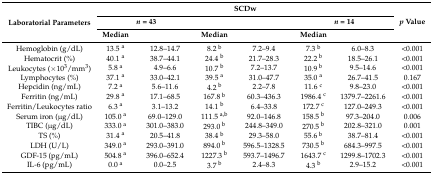
<table><thead><tr><td rowspan="3"><b>Laboratorial Parameters</b></td><td colspan="2">[EMPTY_CELL]</td><td colspan="2"><b>SCDw</b></td><td colspan="2">[EMPTY_CELL]</td><td rowspan="3"><b><i>p</i> Value</b></td></tr><tr><td colspan="2"><b><i>n</i> = 43</b></td><td colspan="2">[EMPTY_CELL]</td><td colspan="2"><b><i>n</i> = 14</b></td></tr><tr><td><b>Median</b></td><td>[EMPTY_CELL]</td><td><b>Median</b></td><td>[EMPTY_CELL]</td><td><b>Median</b></td><td>[EMPTY_CELL]</td></tr></thead><tbody><tr><td>Hemoglobin (g/dL)</td><td>13.5 <sup>a</sup></td><td>12.8–14.7</td><td>8.2 <sup>b</sup></td><td>7.2–9.4</td><td>7.3 <sup>b</sup></td><td>6.0–8.3</td><td>&lt;0.001</td></tr><tr><td>Hematocrit (%)</td><td>40.1 <sup>a</sup></td><td>38.7–44.1</td><td>24.4 <sup>b</sup></td><td>21.7–28.3</td><td>22.2 <sup>b</sup></td><td>18.5–26.1</td><td>&lt;0.001</td></tr><tr><td>Leukocytes (×10<sup>3</sup>/mm<sup>3</sup>) </td><td>5.8 <sup>a</sup></td><td>4.9–6.6 </td><td>10.7 <sup>b</sup></td><td>7.2–13.7</td><td>10.9 <sup>b</sup></td><td>9.5–14.6</td><td>&lt;0.001</td></tr><tr><td>Lymphocytes (%)</td><td>37.1 <sup>a</sup></td><td>33.0–42.1</td><td>39.5 <sup>a</sup></td><td>31.0–47.7</td><td>35.0 <sup>a</sup></td><td>26.7–41.5</td><td>0.167</td></tr><tr><td>Hepcidin (ng/mL)</td><td>7.2 <sup>a</sup></td><td>5.6–11.6</td><td>4.2 <sup>b</sup></td><td>2.2–7.8</td><td>11.6 <sup>c</sup></td><td>9.8–23.0</td><td>&lt;0.001</td></tr><tr><td>Ferritin (ng/mL)</td><td>29.8 <sup>a</sup></td><td>17.1–68.5</td><td>167.8 <sup>b</sup></td><td>60.3–436.3</td><td>1986.4 <sup>c</sup></td><td>1379.7–2261.6</td><td>&lt;0.001</td></tr><tr><td>Ferritin/Leukocytes ratio</td><td>6.3 <sup>a</sup></td><td>3.1–13.2</td><td>14.1 <sup>b</sup></td><td>6.4–33.8</td><td>172.7 <sup>c</sup></td><td>127.0–249.3</td><td>&lt;0.001</td></tr><tr><td>Serum iron (μg/dL)</td><td>105.0 <sup>a</sup></td><td>69.0–129.0</td><td>111.5 <sup>a,b</sup></td><td>92.0–146.8</td><td>158.5 <sup>b</sup></td><td>97.3–204.0</td><td>0.006</td></tr><tr><td>TIBC (μg/dL)</td><td>333.0 <sup>a</sup></td><td>301.0–383.0</td><td>293.0 <sup>b</sup></td><td>244.8–349.0</td><td>270.5 <sup>b</sup></td><td>202.8–321.0</td><td>0.001</td></tr><tr><td>TS (%)</td><td>31.4 <sup>a</sup></td><td>20.5–41.8</td><td>38.4 <sup>b</sup></td><td>29.3–58.0</td><td>55.6 <sup>b</sup></td><td>38.7–81.4</td><td>&lt;0.001</td></tr><tr><td>LDH (U/L)</td><td>349.0 <sup>a</sup></td><td>293.0–391.0</td><td>894.0 <sup>b</sup></td><td>596.5–1328.5</td><td>730.5 <sup>b</sup></td><td>684.3–997.5</td><td>&lt;0.001</td></tr><tr><td>GDF-15 (pg/mL)</td><td>504.8 <sup>a</sup></td><td>396.0–652.4</td><td>1227.3 <sup>b</sup></td><td>593.7–1496.7</td><td>1643.7 <sup>c</sup></td><td>1299.8–1702.3</td><td>&lt;0.001</td></tr><tr><td>IL-6 (pg/mL)</td><td>0.0 <sup>a</sup></td><td>0.0–2.5</td><td>3.7 <sup>b</sup></td><td>2.4–8.3</td><td>4.3 <sup>b</sup></td><td>2.9–15.2</td><td>&lt;0.001</td></tr></tbody></table>